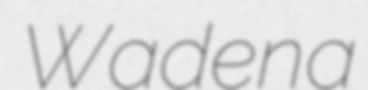
Wadena